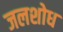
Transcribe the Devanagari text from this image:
जलशोध